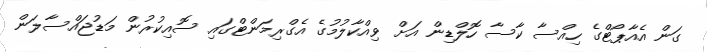
ގަން އެއާޕޯޓްގެ ހިއްސާ ކާސާ ހޮލްޑިން އަށް ވިއްކާލުމުގެ އެގްރިމަންޓްގައި ސޮއިކުރުން މަޑުޖައްސާލަން